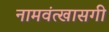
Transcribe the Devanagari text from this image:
नामवंत्खासगी